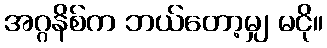
အဂ္ဂနိစ်က ဘယ်တော့မျှ မငို။